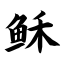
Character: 稣